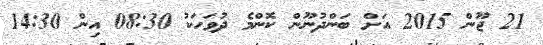
21 ޖޫން 2015 އަށް ބަންދުނޫން ކޮންމެ ދުވަހަކު 08:30 އިން 14:30